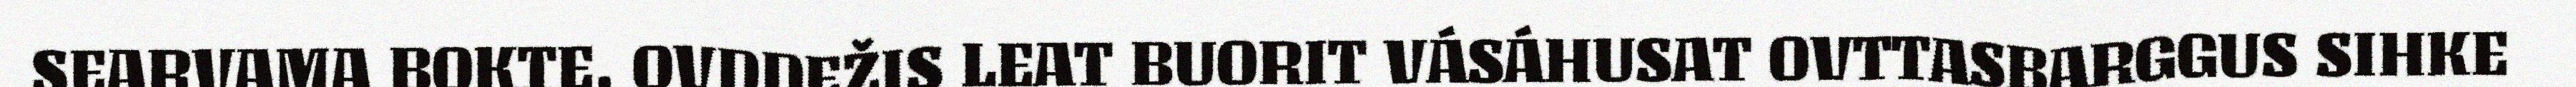
SEARVAMA BOKTE. OVDDEŽIS LEAT BUORIT VÁSÁHUSAT OVTTASBARGGUS SIHKE